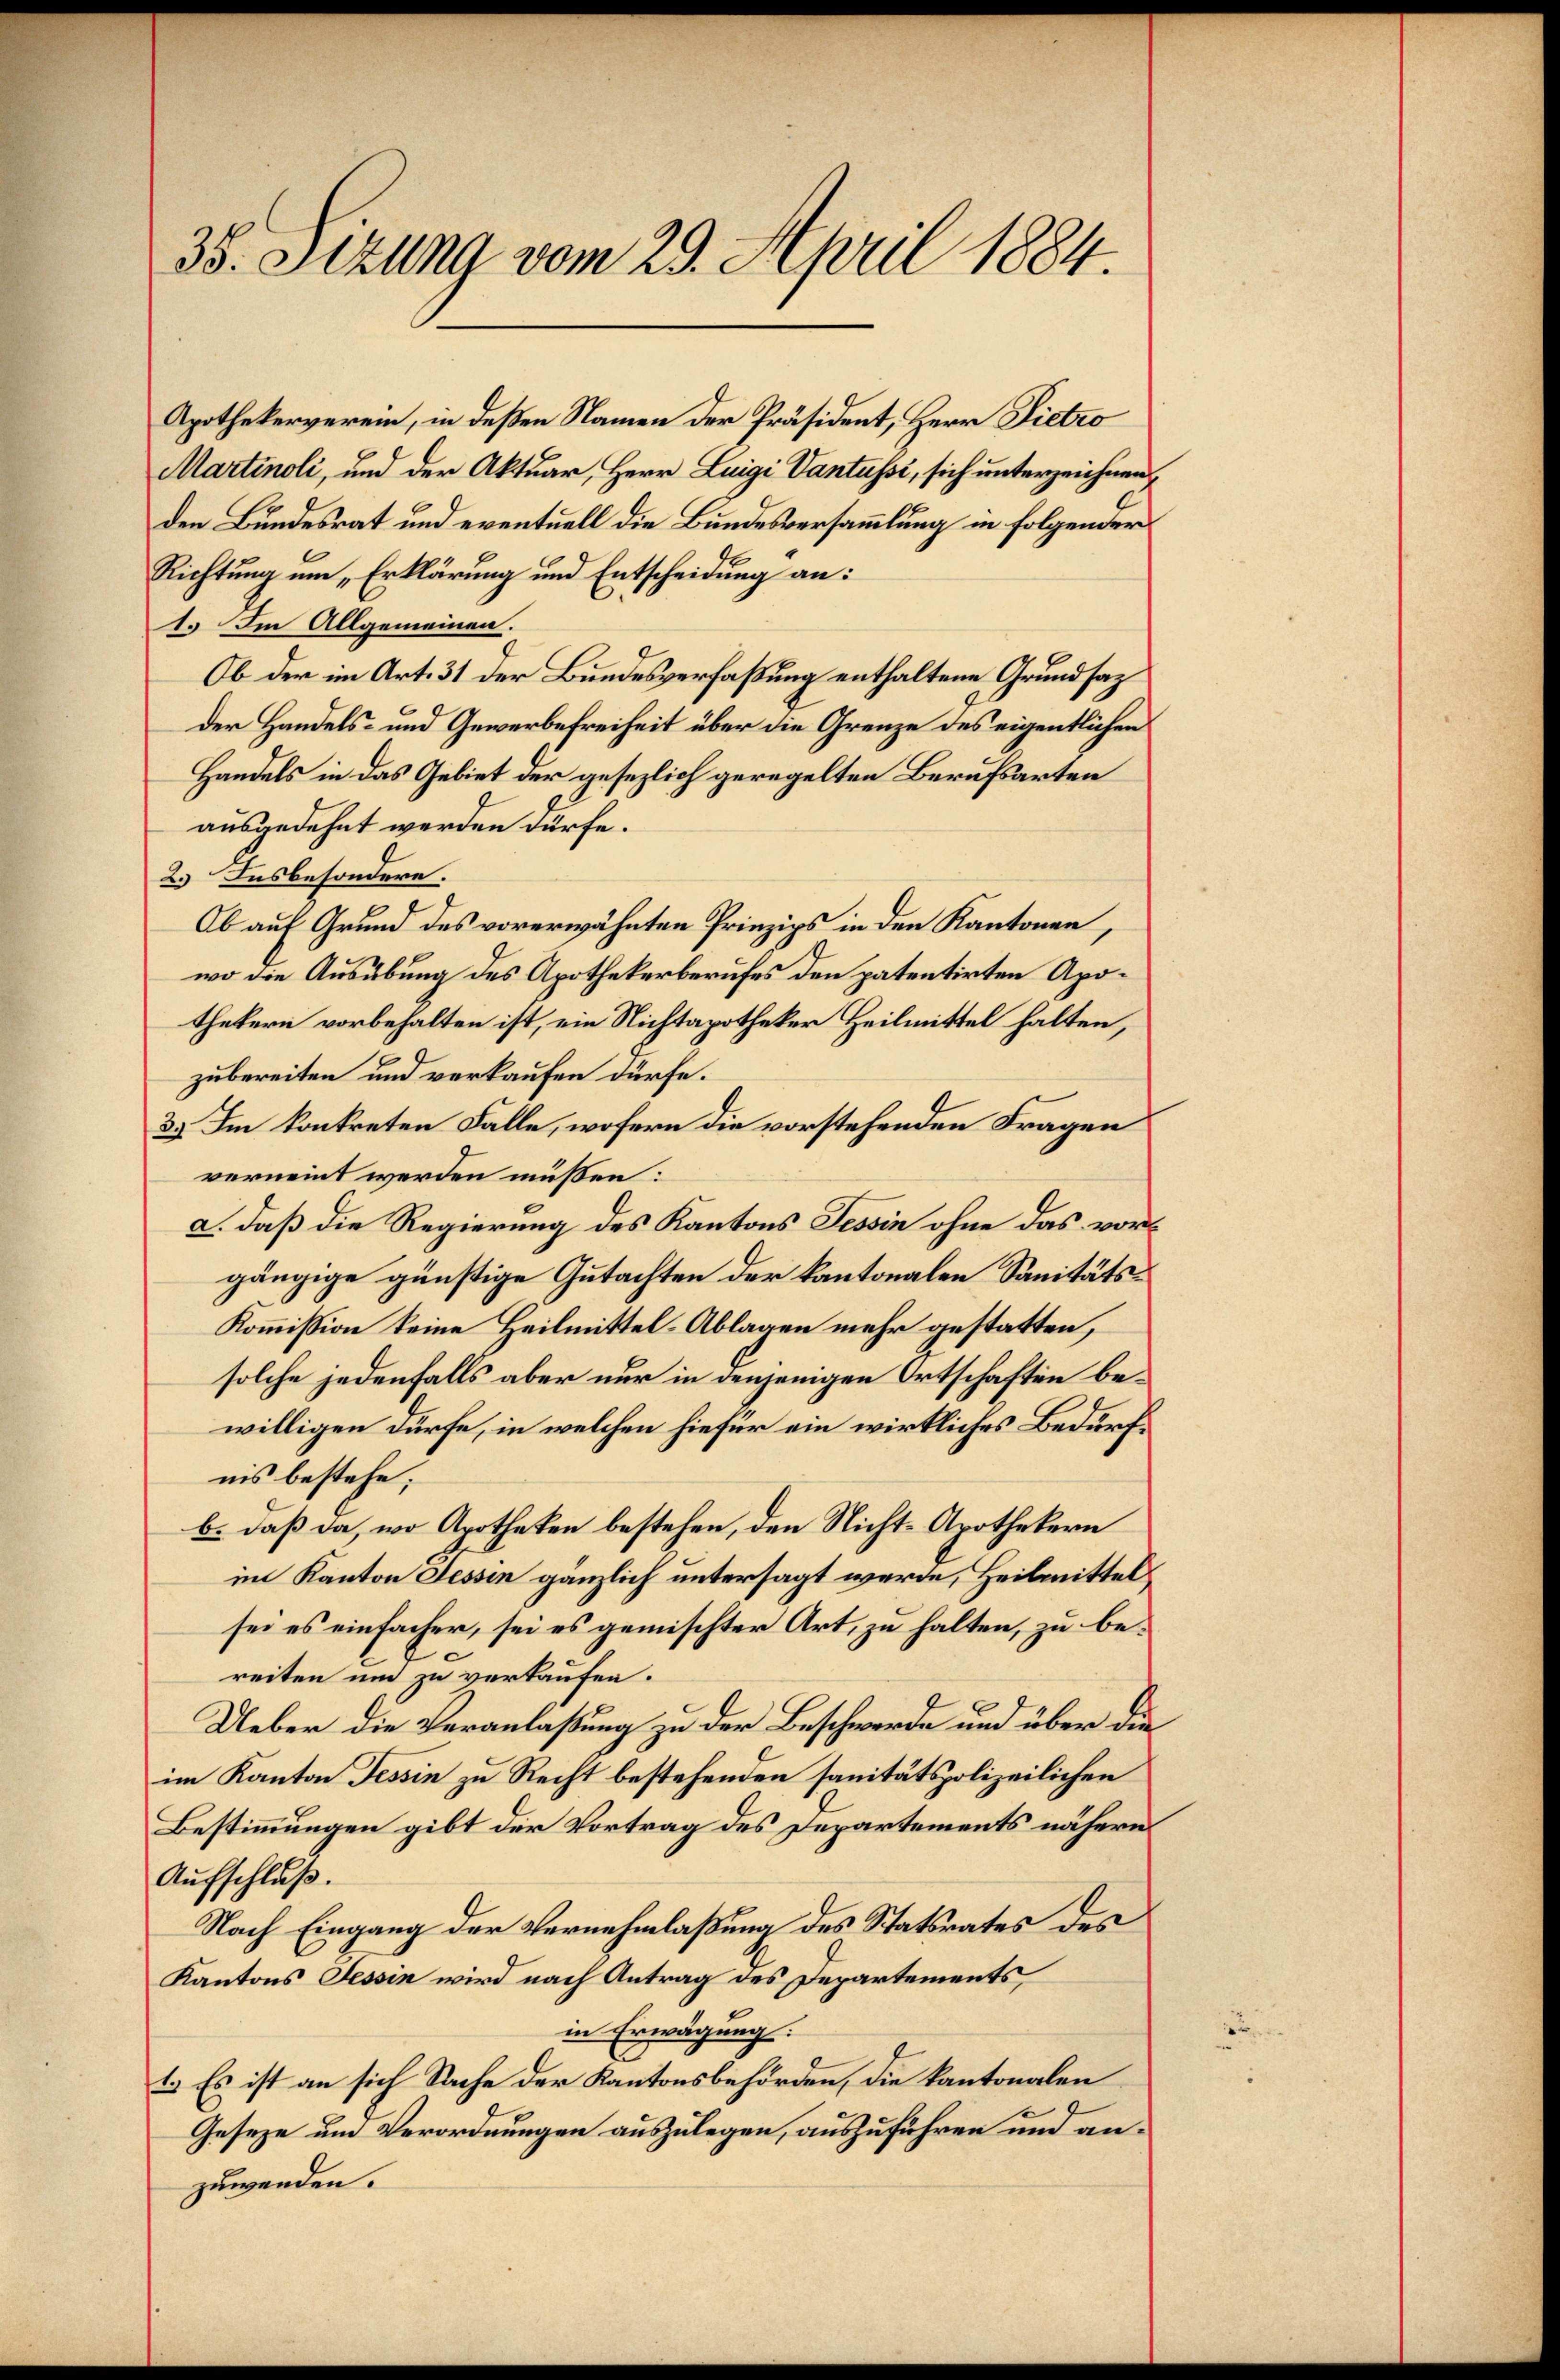
38. Sitzung vom 29. April 1884.

Apothekerverein, in deßen Namen der Präsident, Herr Pietro
Martinoli, und der Aktuar, Herr Luigi Vantüssi, sich unterzeichnen,
den Bundesrat und eventuell die Bundesversammlung in folgender
Richtung um Erklärung und Entscheidung an:
1. Im Allgemeinen.
Ob der im Art. 31 der Bundesverfaßung enthaltene Grundsaz
der Handels- und Gewerbefreiheit über die Grenze des eigentlichen
Handels in das Gebiet der gesezlich geregelten Berufsarten
ausgedehnt werden dürfe.
2.) Insbesondere.
Ob auf Grund des vorerwähnten Prinzips in den Kantonen,
wo die Ausübung des Apothekerberufes den patentirten Apothekern vorbehalten ist, ein Nichtapotheker Heilmittel halten,
zubereiten und verkaufen dürfe.
3.) Im konkreten Falle, wofern die vorstehenden Fragen
verneint werden müßen:
a. daß die Regierung des Kantons Tessin ohne das vorgängige günstige Gutachten der kantonalen Sanitäts¬
Kommission keine Heilmittel-Ablagen mehr gestatten,
solche jedenfalls aber nur in denjenigen Ortschaften bewilligen dürfe, in welchen hiefür ein wirkliches Bedürfnis bestehe.
b. daß da, wo Apotheken bestehen, den Nicht-Apothekern
im Kanton Fessen gänzlich untersagt werde, Heilmittel
sei es einfacher, sei es gemischter Art, zu halten, zu bereiten und zu verkaufen.
Ueber die Veranlaßung zu der Beschwerde und über die
im Kanton Tessin zu Recht bestehenden sanitätspolizeilichen
Bestimmungen gibt der Vortrag des Departements nähern
Aufschluß.
Nach Eingang der Vernehmlaßung des Statsrates des
Kantons Tessin wird nach Antrag des Departements
in Erwägung.
t. Es ist an sich Sache der Kantonsbehörden, die kantonalen
Geseze um Verordnungen auszulegen, auszuführen und anzuwenden.